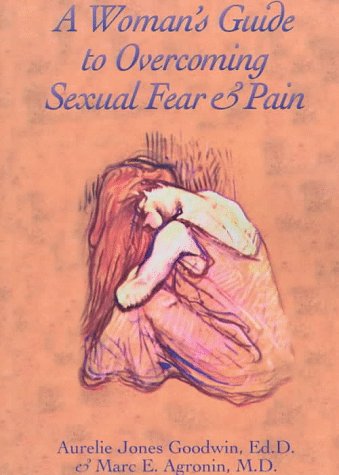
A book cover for A Woman's Guide to Overcoming Sexual Fear and Pain; Aurelie Jones Goodwin; Health, Fitness & Dieting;